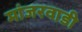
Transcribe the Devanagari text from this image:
मांजरवाडी